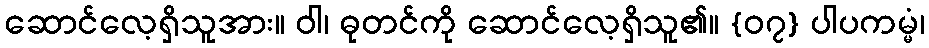
ဆောင်လေ့ရှိသူအား။ ဝါ၊ ဓုတင်ကို ဆောင်လေ့ရှိသူ၏။ {၀၇} ပါပကမ္မံ၊